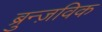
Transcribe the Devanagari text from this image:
ब्रुन्ज़विक